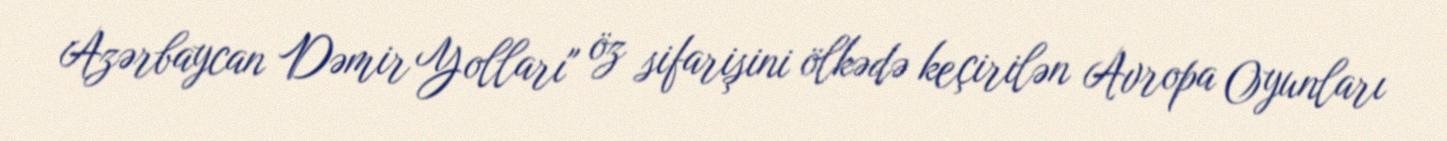
Azərbaycan Dəmir Yolları" öz sifarişini ölkədə keçirilən Avropa Oyunları